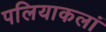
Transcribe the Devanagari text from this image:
पलियाकलां